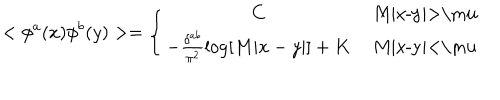
< \phi ^ { a } ( x ) \phi ^ { b } ( y ) > = \left\{ \begin{array} { c c } { { C } } & { { \mathrm { ~ M | x - y | > \ m u ~ } } } \\ { { - \frac { \delta ^ { a b } } { \pi ^ { 2 } } \log [ M | x - y | ] + K } } & { { \mathrm { ~ M | x - y | < \ m u ~ } } } \\ \end{array} \right.